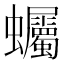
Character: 蠾